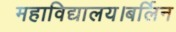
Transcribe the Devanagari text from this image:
महाविद्यालय।बर्लिन